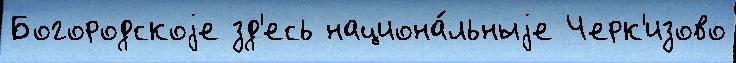
Богородскоjе зд'есь национа́льныjе Черк'изово